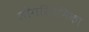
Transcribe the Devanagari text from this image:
लॉगरिथमिका